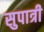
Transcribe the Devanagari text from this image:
सुपात्री